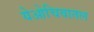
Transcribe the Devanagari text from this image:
येओचिवातल